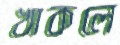
খাকলে